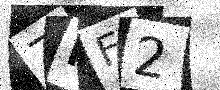
Text: ZNF2